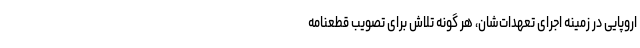
اروپایی در زمینه اجرای تعهدات‌شان، هر گونه تلاش برای تصویب قطعنامه